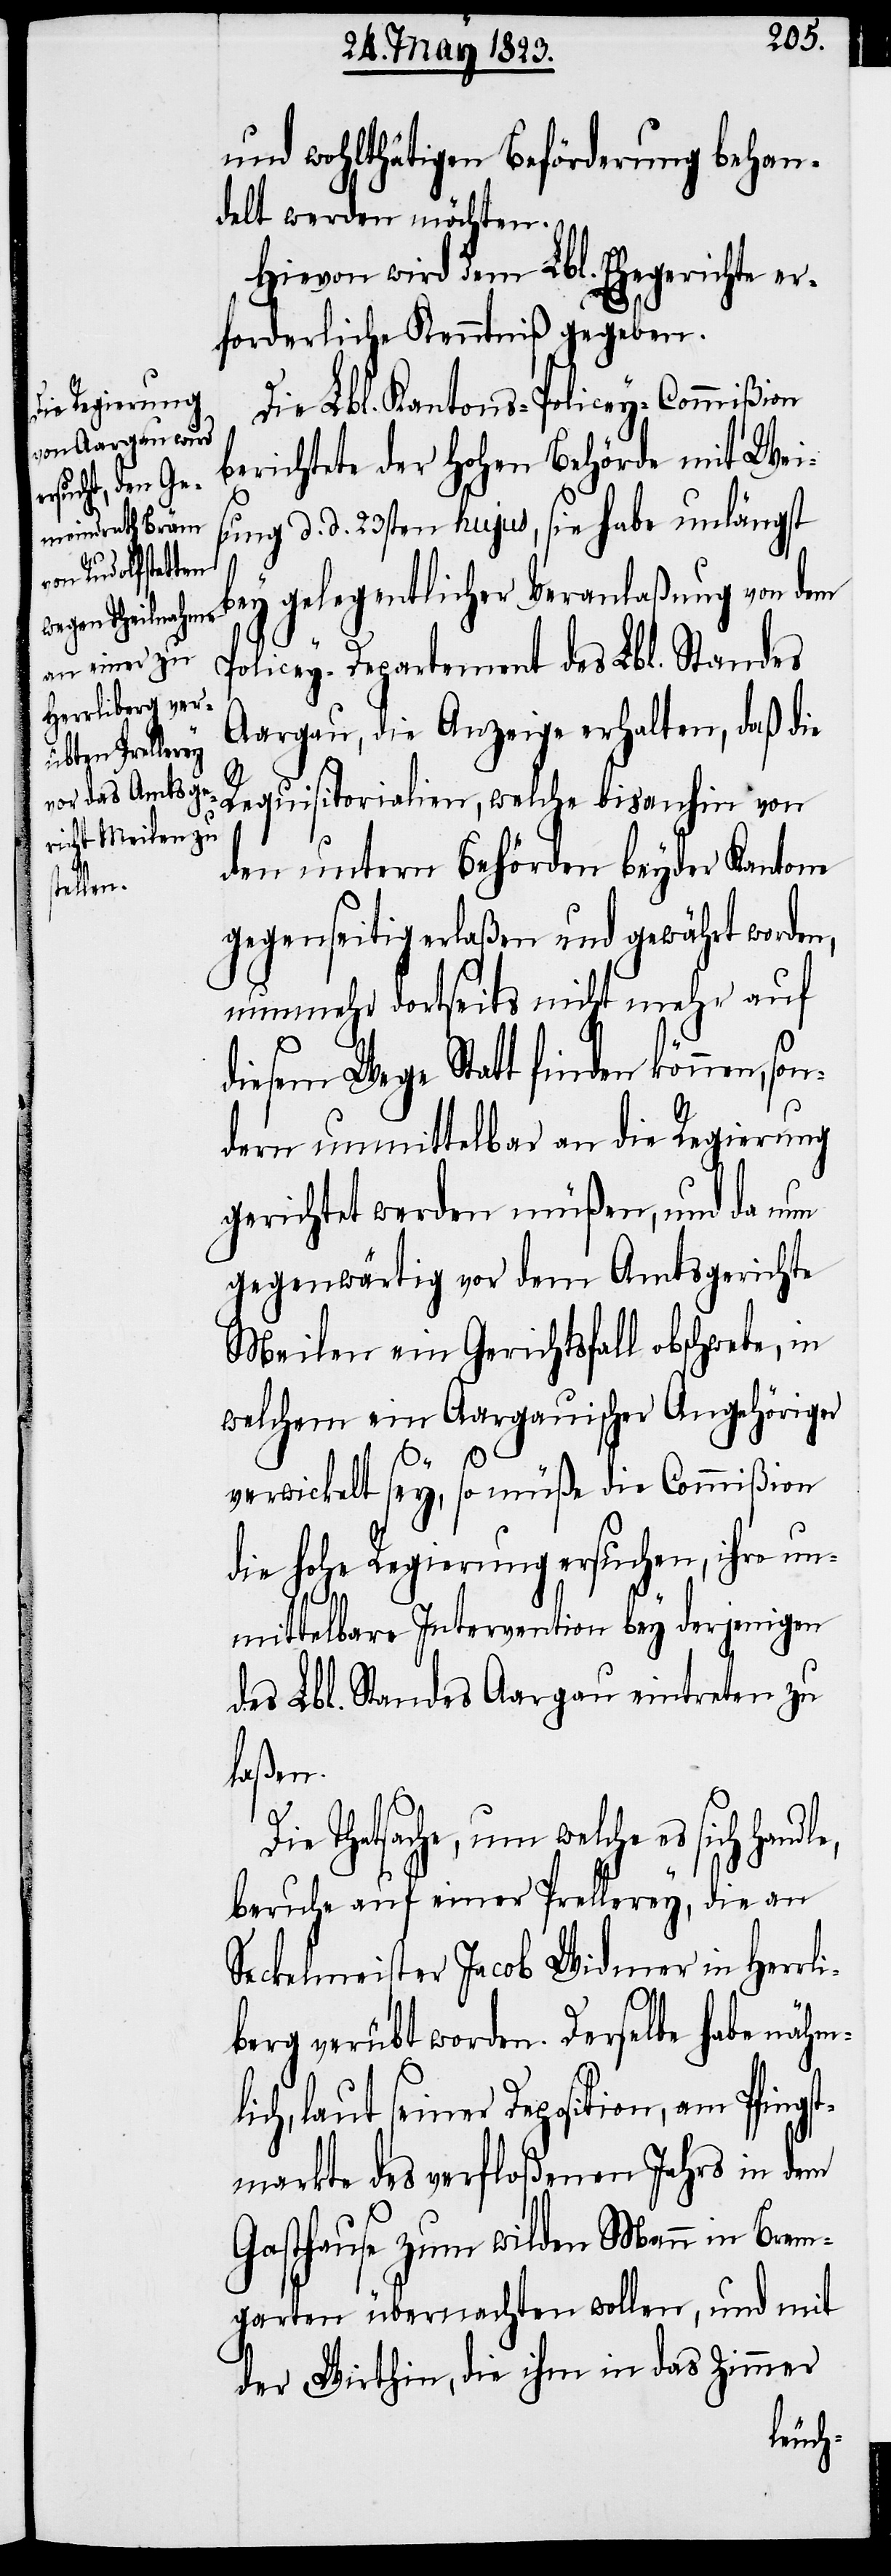
und wohlthätigen Beförderung behan¬
delt werden möchten.
Hievon wird dem Lbl. Ehegerichte er¬
forderliche Kenntniß gegeben.
Die Lbl. Kantons-Policey-Commißion
berichtete der hohen Behörde mit Wei¬
sung d. d. 23sten hujus, sie habe unlängst
bey gelegentlicher Veranlaßung von dem
Policey-Departement des Lbl. Standes
Aargau, die Anzeige erhalten, daß die
Requisitorialien, welche bisanhin von
den untern Behörden beyder Kantone
gegenseitig erlaßen und gewährt worden,
nunmehr dortseits nicht mehr auf
diesem Wege Statt finden können,
dern unmittelbar an die Regierung
gerichtet werden müßen, und da nun
gegenwärtig vor dem Amtsgerichte
Meilen ein Gerichtsfall obschwebe, in
welchem ein Aargauischer Angehöriger
verwickelt sey, so müße die Commißion
die hohe Regierung ersuchen, ihre un¬
mittelbare Intervention bey derjenigen
des Lbl. Standes Aargau eintreten zu
laßen.
Die Thatsache, um welche es sich hand¬
beruhe auf einer Prellerey, die an
Seckelmeister Jacob Widmer in Herrl¬
le,
iberg verübt worden. Derselbe habe nähml¬
ich, laut seiner Deposition, am Pfings¬
tmarkte des verfloßenen Jahrs in dem
Gasthause zum wilden Mann in Brem¬
garten übernachten wollen, und mit
der Wirthin, die ihm in das Zimmer